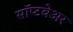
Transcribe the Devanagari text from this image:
सॉप्टवेअर